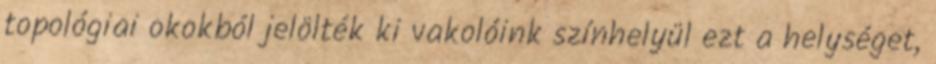
to­­po­lógiai okok­ból jelölték ki vakolóink színhelyül ezt a helységet,